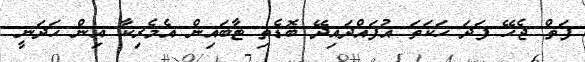
ފަތް ޖެހޭ ފަދަ ހަކަތަ އުފައްދައިދޭ ބޮޑެތި ޓާބައިން އެމެރިކާ އިން ހަދަނީ